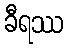
ခီရဿ